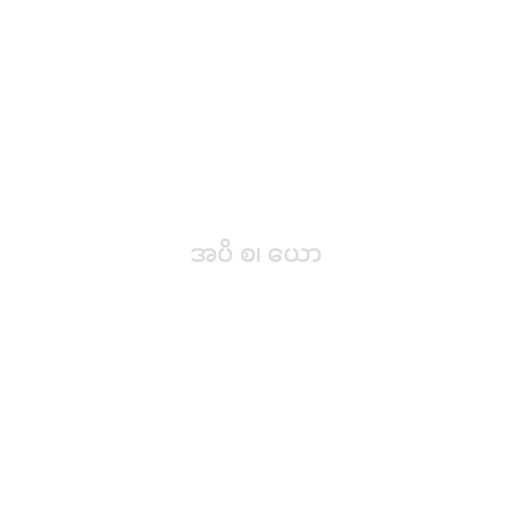
အပိ စ၊ ယော